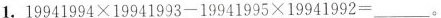
1. $$1 9 9 41 9 9 4 \times 1 9 9 4 1 9 9 3 - 1 9 9 4 1 9 9 5 \times 1 9 9 4 1 9 9 2 =$$ ___。